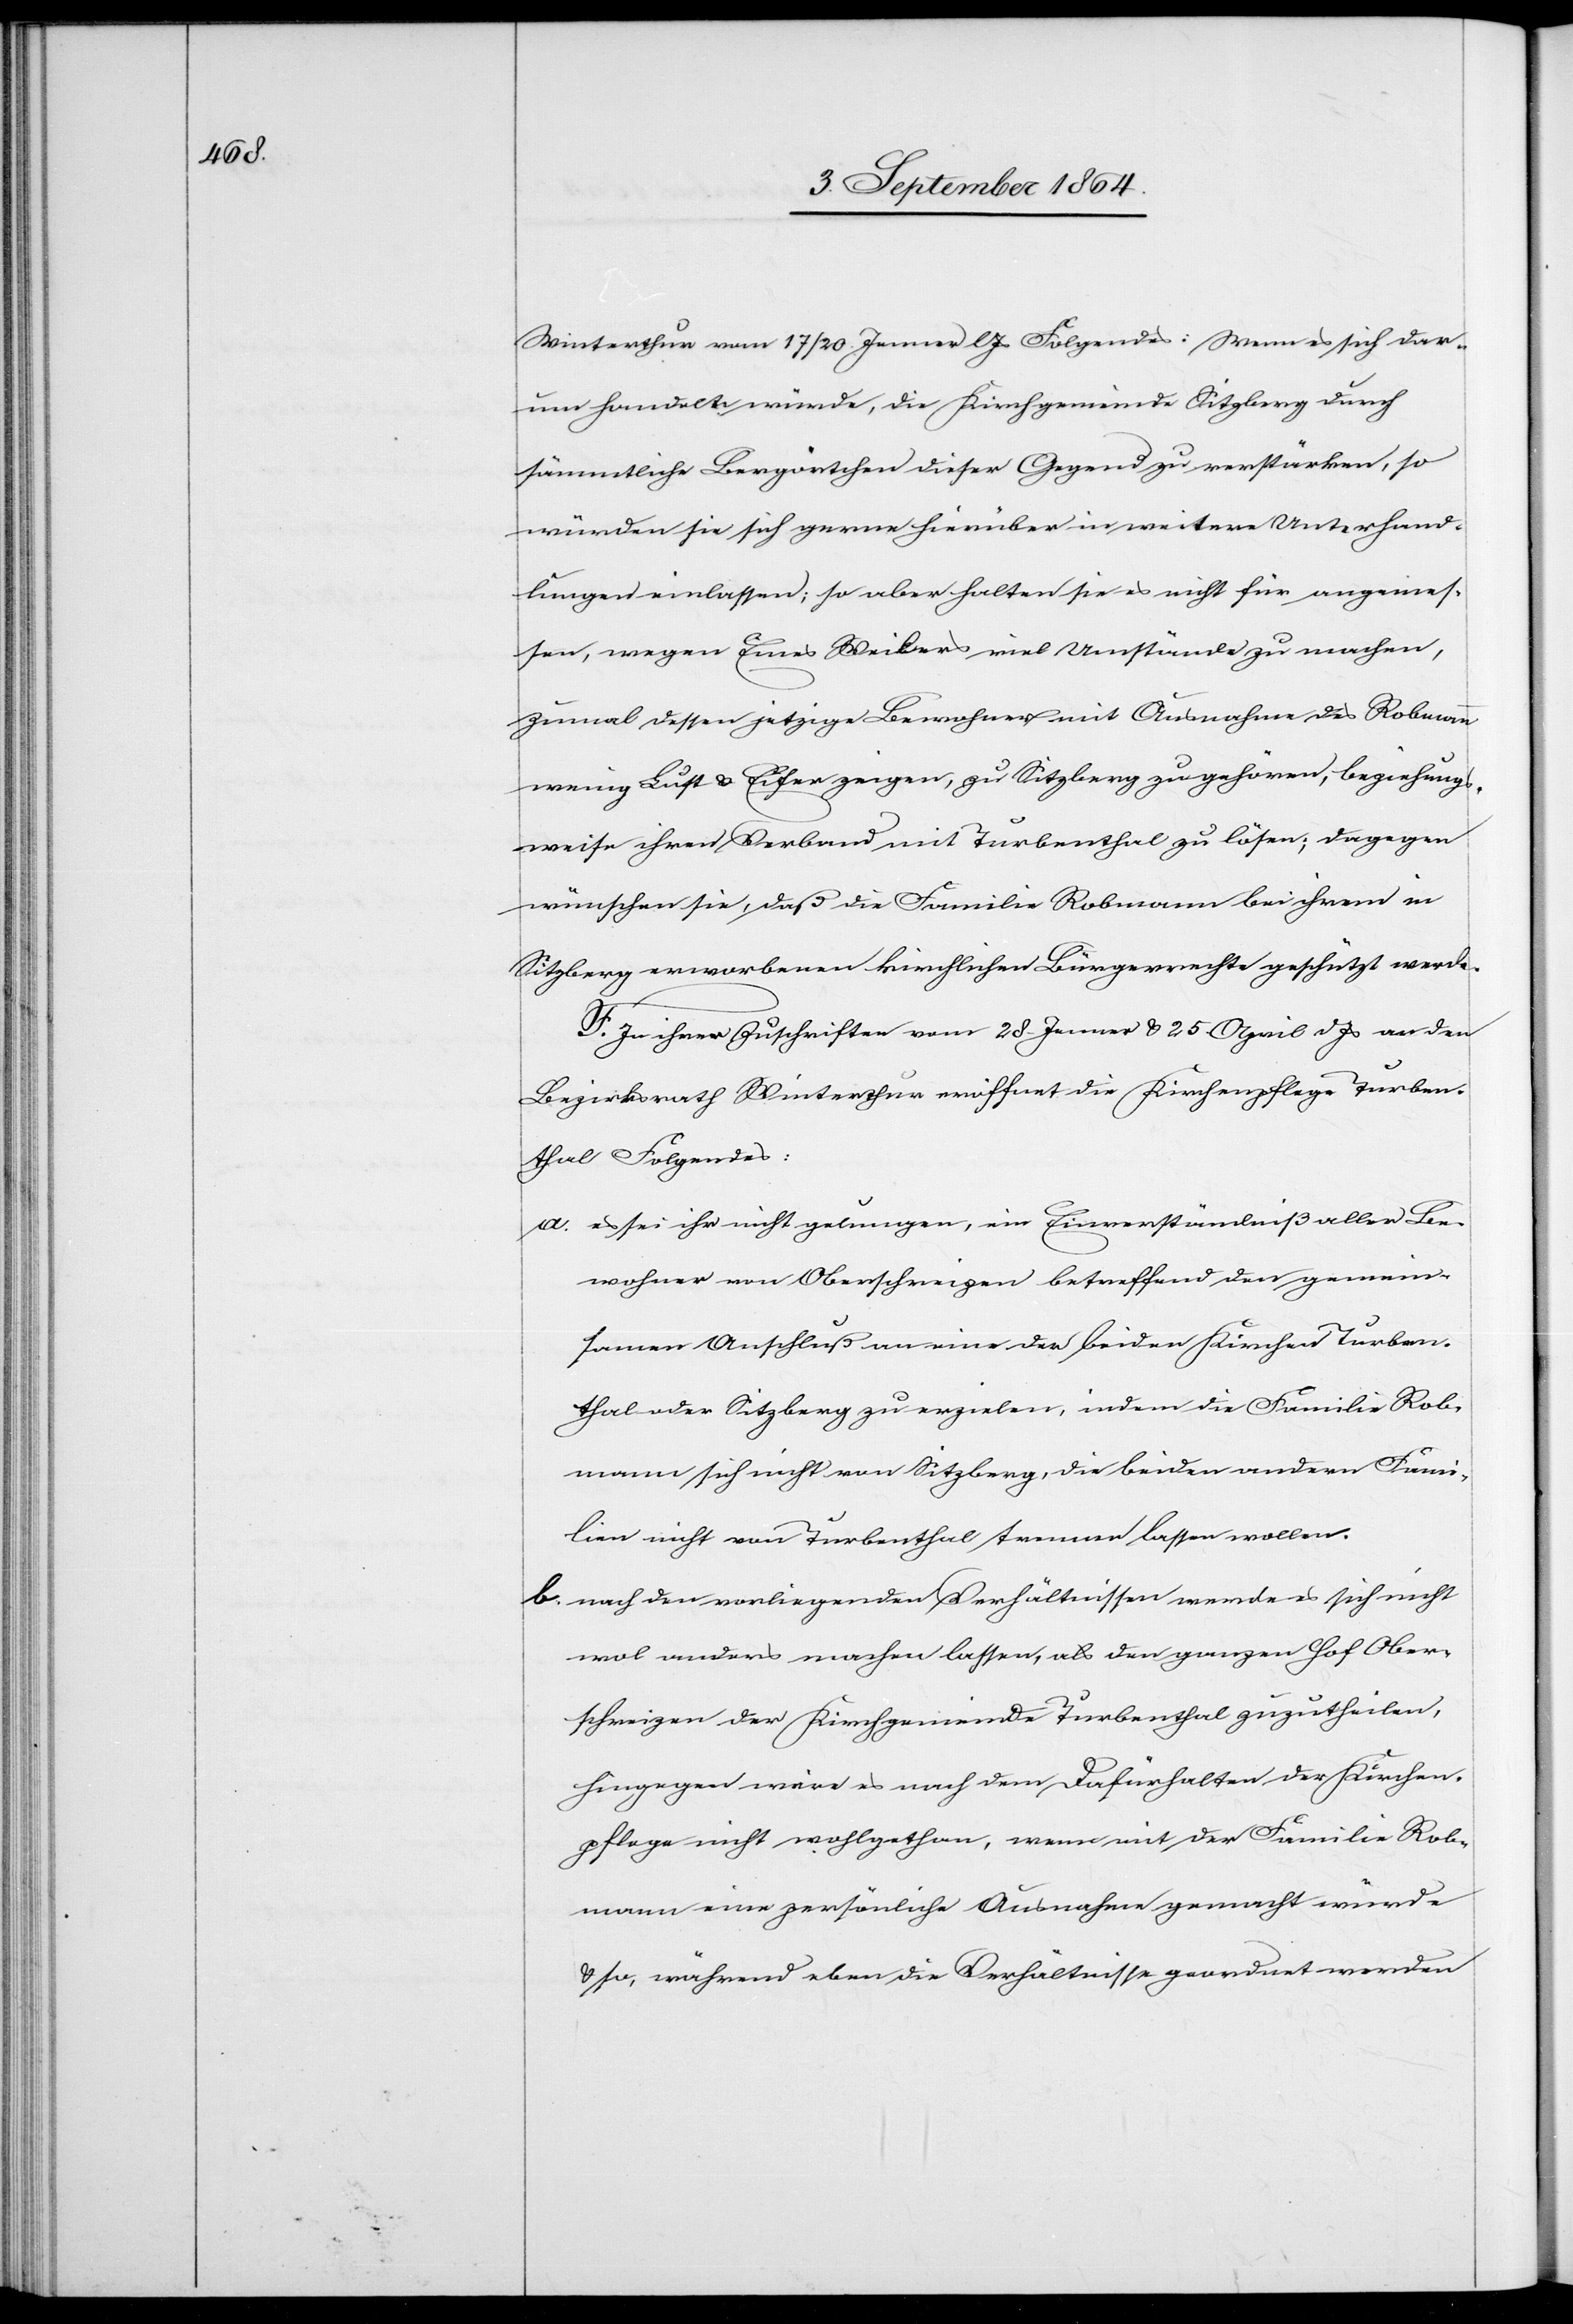
Winterthur vom 17/20. Jenner l. Js Folgendes: Wenn es sich dar¬
um handelte [sic!] würde, die Kirchgemeinde Sitzberg durch
sämmtliche Bergörtchen dieser Gegend zu verstärken, so
würden sie sich gerne hierüber in weitere Unterhand¬
lungen einlassen; so aber halten sie es nicht für angemes¬
sen, wegen Eines [sic!] Weilers viel Umstände zu machen,
zumal dessen jetzige Bewohner mit Ausnahme des Robmann
wenig Lust & Eifer zeigen, zu Sitzberg zu gehören, beziehungs¬
weise ihren Verband mit Turbenthal zu lösen; dagegen
wünschen sie, daß die Familie Robmann bei ihrem in
Sitzberg erworbenen kirchlichen Bürgerrechte geschützt werde.
F. In ihren Zuschriften vom 28. Jenner & 25. April d. Js an den
Bezirksrath Winterthur eröffnet die Kirchenpflege Turben¬
thal Folgendes:
a)	es sei ihr nicht gelungen, ein Einverständniß aller Be¬
wohner von Oberschreizen betreffend den gemein¬
samen Anschluß an eine der beiden Kirchen Turben¬
thal oder Sitzberg zu erzielen, indem die Familie Rob¬
mann sich nicht von Sitzberg, die beiden andern Fami¬
lien nicht von Turbenthal trennen lassen wollen.
b)	nach den vorliegenden Verhältnissen werde es sich nicht
wol anders machen lassen, als den ganzen Hof Ober¬
schreizen der Kirchgemeinde Turbenthal zuzutheilen,
hingegen wäre es nach dem Dafürhalten der Kirchen¬
pflege nicht wohlgethan, wenn mit der Familie Rob¬
mann eine persönliche Ausnahme gemacht würde
& so, während eben die Verhältnisse geordnet werden